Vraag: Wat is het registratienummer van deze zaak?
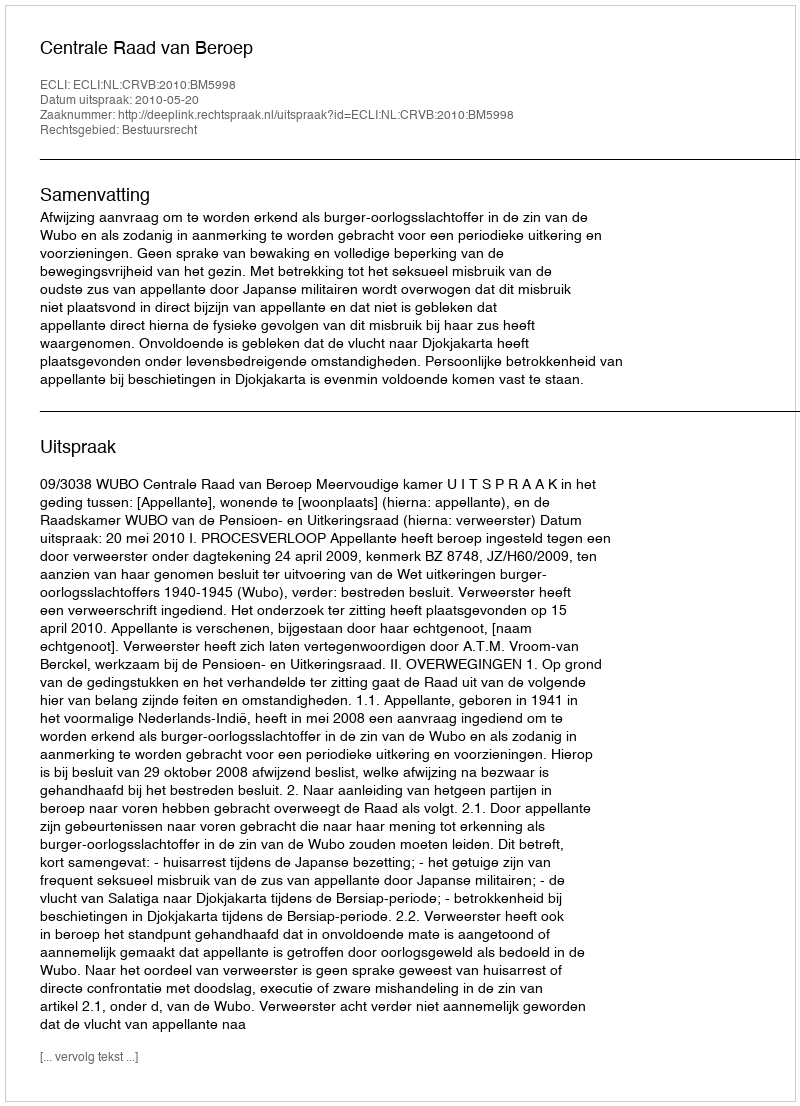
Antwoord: http://deeplink.rechtspraak.nl/uitspraak?id=ECLI:NL:CRVB:2010:BM5998